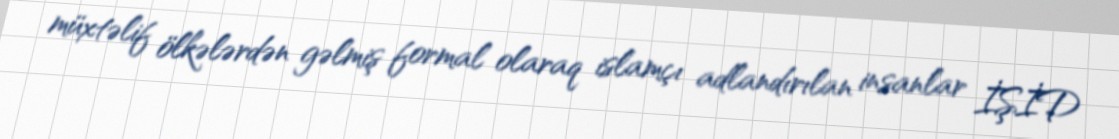
müxtəlif ölkələrdən gəlmiş formal olaraq islamçı adlandırılan insanlar İŞİD